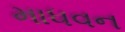
માધવન